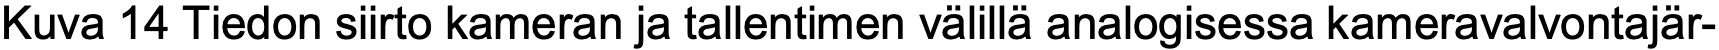
Kuva 14 Tiedon siirto kameran ja tallentimen välillä analogisessa kameravalvontajär-